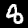
Label: 8